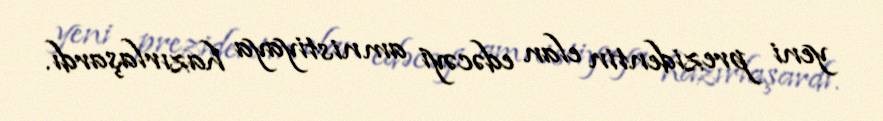
yeni prezidentin elan edəcəyi amnistiyaya hazırlaşardı.